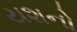
યશનો